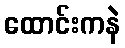
ထောင်းကနဲ